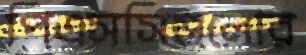
পিএসসিগুলোর